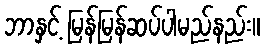
ဘာနှင့် မြန်မြန်ဆပ်ပါမည်နည်း။